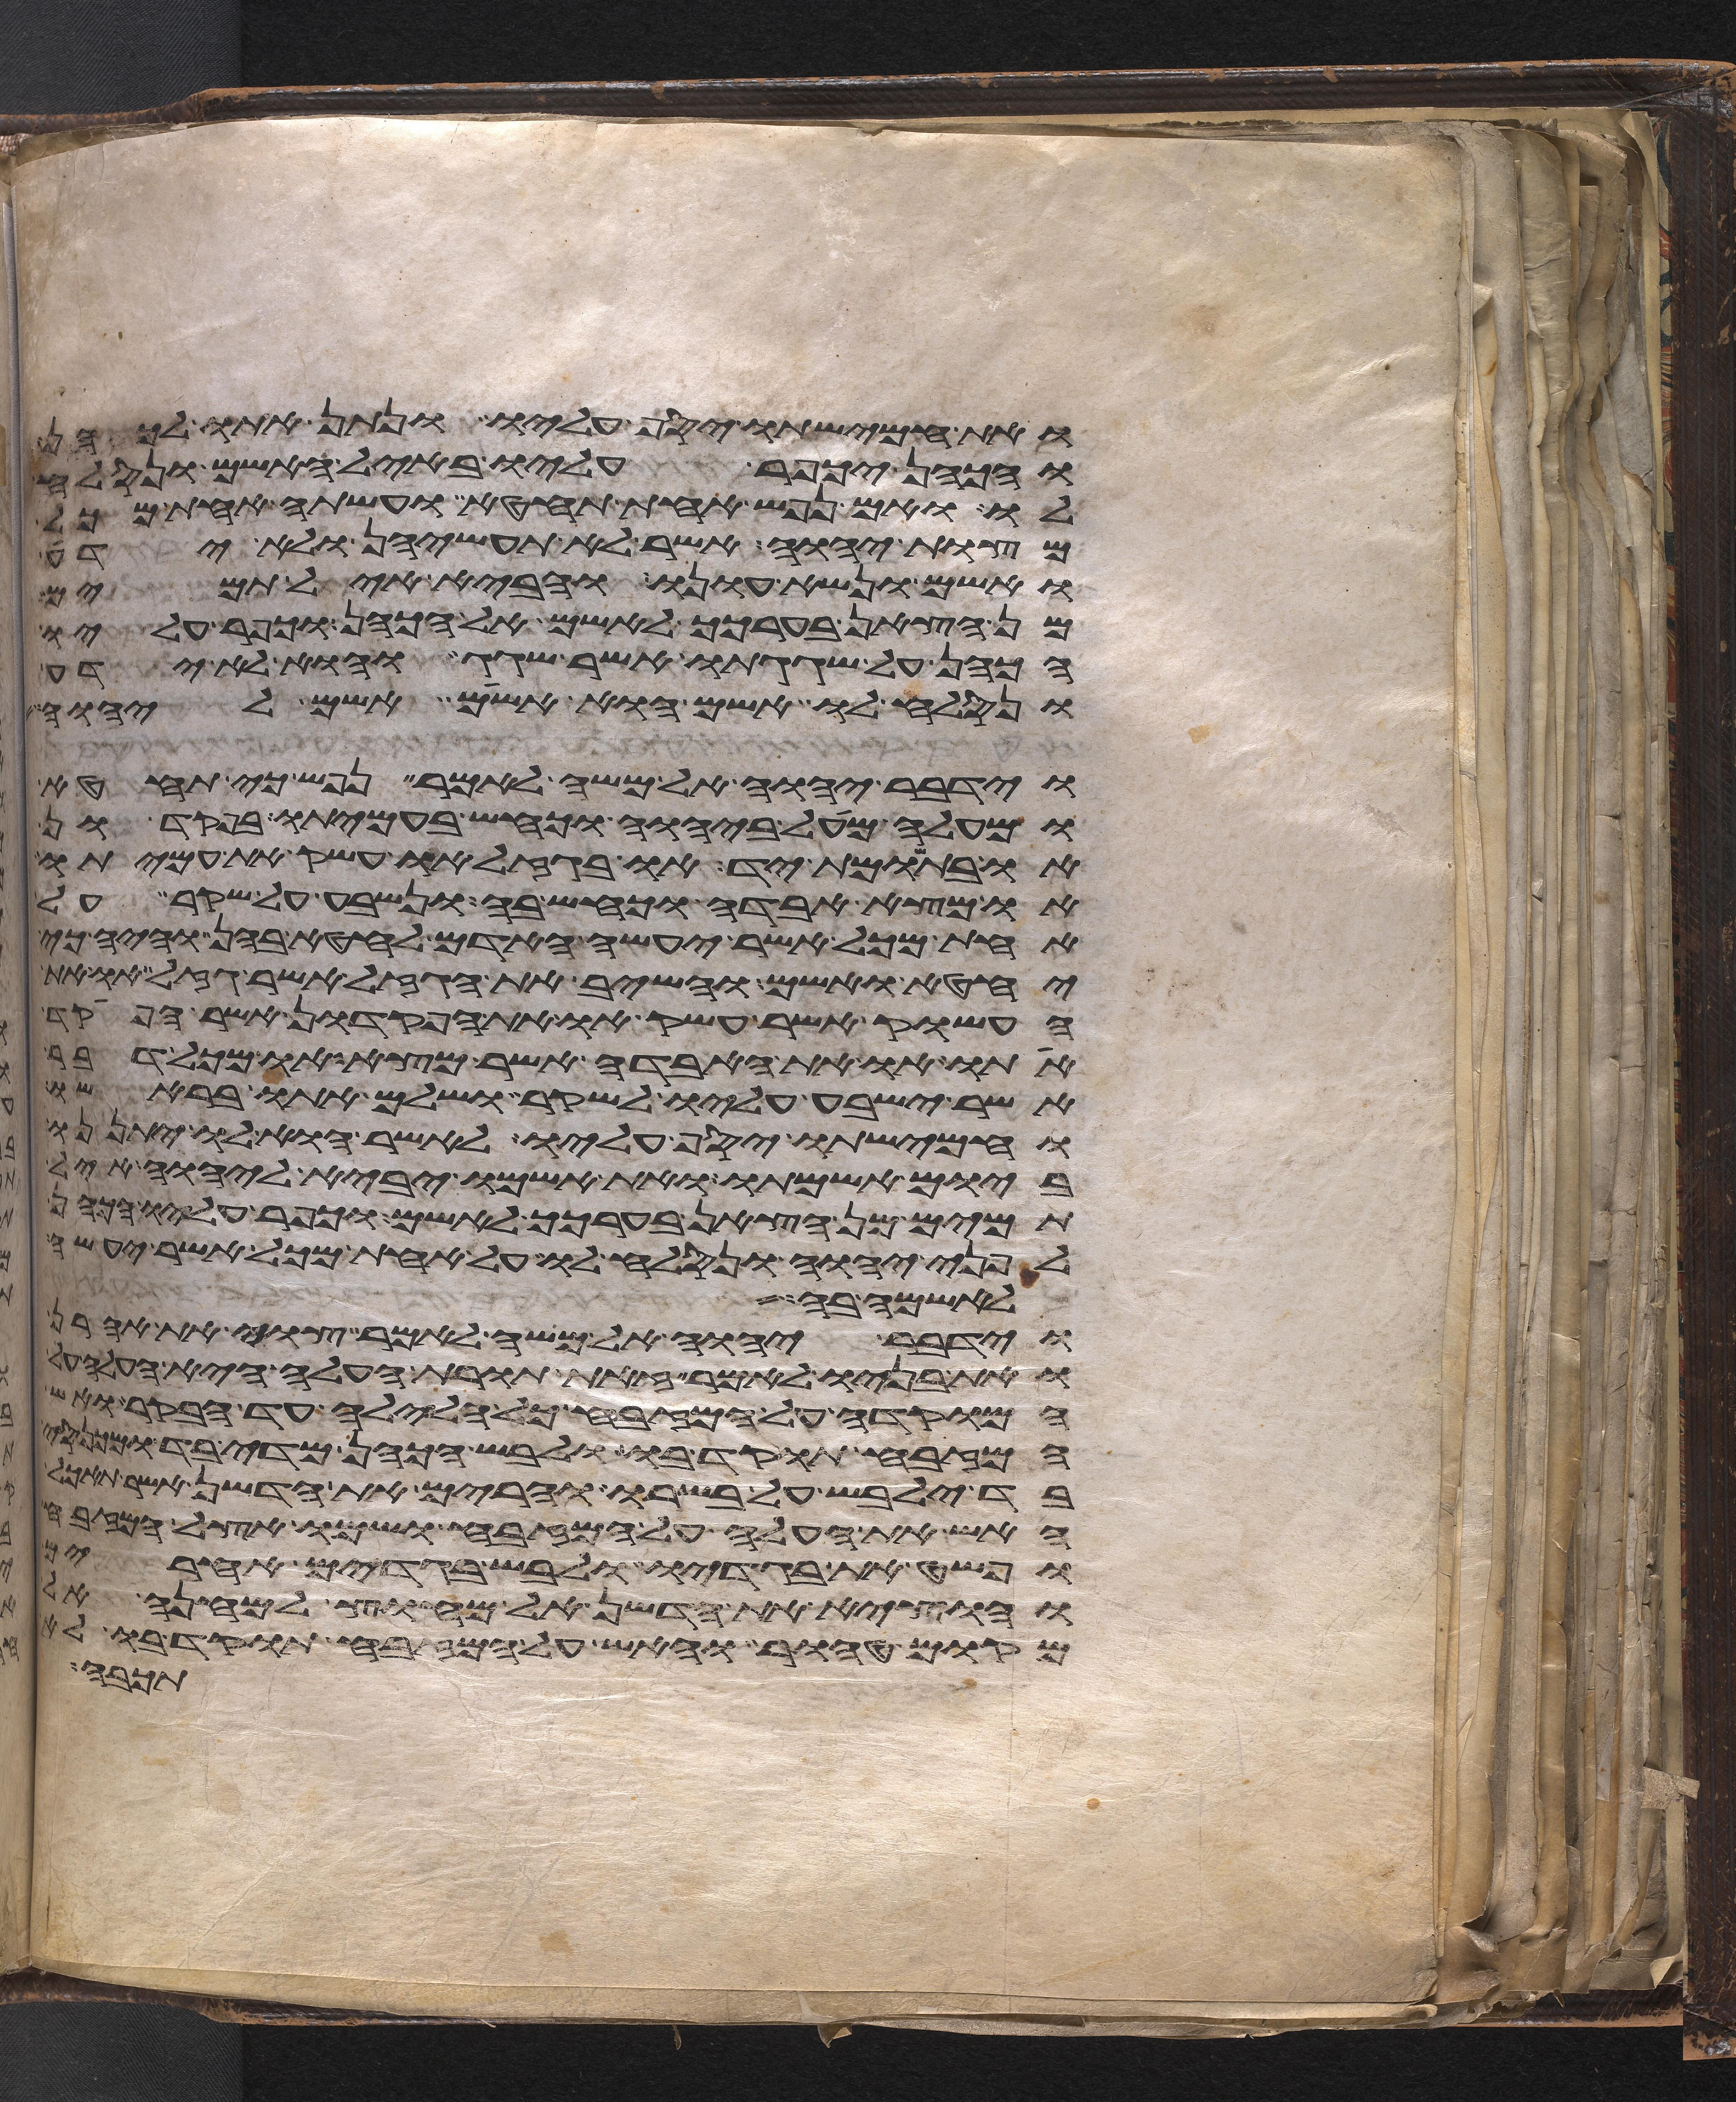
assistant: ואת חמישתו יסף עליו ונתן אתו לכהן
והכהן יכפר עליו באיל האשם ונסלח
לו ואם נפש אחת תחטא ועשתה אחת מכל
מצות יהוה אשר לא תעשיהן ולא ידע
ואשם ונשא עונו והביא איל תמים
מן הצאן בערכך לאשם אל הכהן וכפר עליו
הכהן על שגגתו אשר שגג והוא לא ידע
ונסלח לו אשם הוא אשם אשם ליהוה
וידבר יהוה אל משה לאמר נפש כי תחטא
ומעלה מעל ביהוה וכחש בעמיתו בפקדון
או בתשומת יד או בגזל או עשק את עמיתו
או מצא אבדה וכחש בה ונשבע על שקר על
אחת מכל אשר יעשה האדם לחטא בהן והיה כי
יחטא ואשם והשיב את הגזל אשר גזל או את
העשוק אשר עשק או את הפקדון אשר הפקד
אתו או את האבדה אשר מצא או מכל דבר
אשר ישבע עליו לשקר ושלם אתו בראשו
וחמישתו יסף עליו לאשר הוא לו יתננו
ביום אשמתו ואת אשמו יביא ליהוה איל
תמים מן הצאן בערכך לאשם וכפר עליו הכהן
לפני יהוה ונסלח לו על אחת מכל אשר יעשה
לאשמה בה
וידבר יהוה אל משה לאמר צוי את אהרן
ואת בניו לאמר זאת תורת העלה היא העלה
המוקדה על המזבח כל הלילה עד בקר ואש
המזבח תוקד בו ולבש הכהן מדי בד ומכנסי
בד ילבש על בשרו והרים את הדשן אשר תאכל
האש את העלה על המזבח ושמו אצל המזבח
ופשט את בגדיו ולבש בגדים אחרים
והוציא את הדשן אל מחוץ למחנה אל
מקום טהור והאש על המזבח תוקד בו לא
תכבה